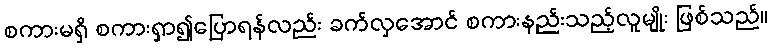
စကားမရှိ စကားရှာ၍ပြောရန်လည်း ခက်လှအောင် စကားနည်းသည့်လူမျိုး ဖြစ်သည်။